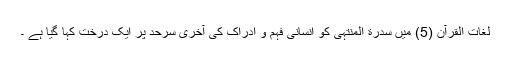
لغات القرآن (5) میں سدرة المنتہیٰ کو انسانی فہم و ادراک کی آخری سرحد پر ایک درخت کہا گیا ہے ۔